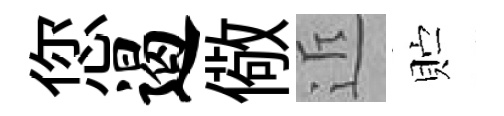
您遏儆近贮